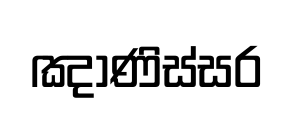
ඤාණිස්සර